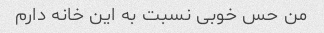
من حس خوبی نسبت به این خانه دارم